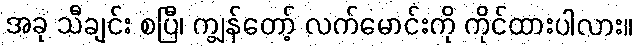
အခု သီချင်း စပြီ၊ ကျွန်တော့် လက်မောင်းကို ကိုင်ထားပါလား။